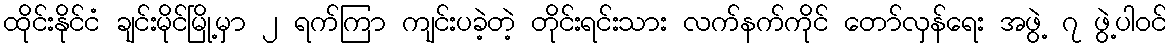
ထိုင်းနိုင်ငံ ချင်းမိုင်မြို့မှာ ၂ ရက်ကြာ ကျင်းပခဲ့တဲ့ တိုင်းရင်းသား လက်နက်ကိုင် တော်လှန်ရေး အဖွဲ့ ၇ ဖွဲ့ပါဝင်